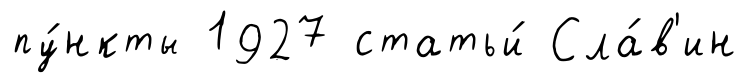
пу́нкты 1927 статьи́ Сла́в'ин